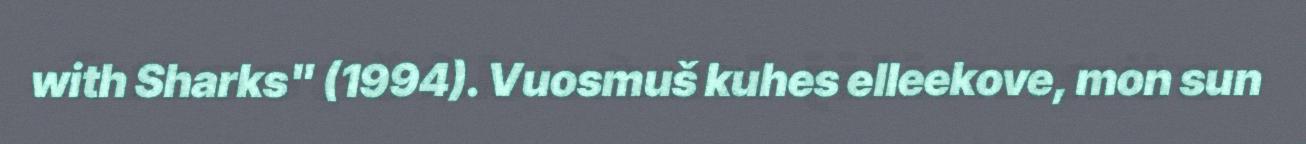
with Sharks" (1994). Vuosmuš kuhes elleekove, mon sun